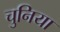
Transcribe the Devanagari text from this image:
चुनिया